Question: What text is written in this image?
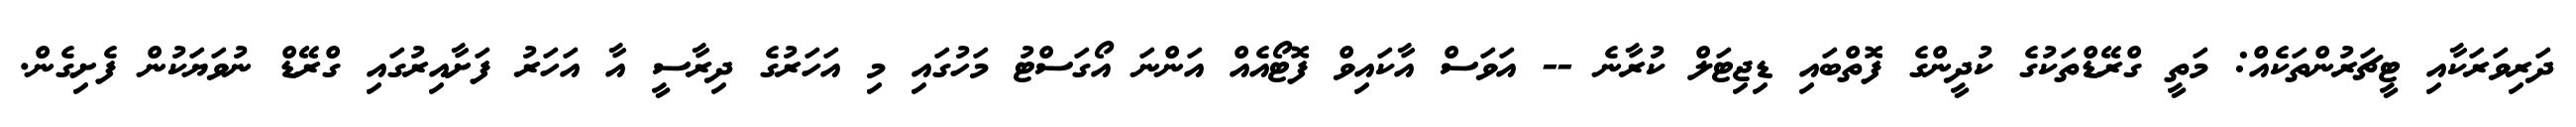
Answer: ދަރިވަރަކާއި ޓީޗަރުންތަކެއް: މަތީ ގްރޭޑްތަކުގެ ކުދީންގެ ފޮތްބައި ޑިޖިޓަލް ކުރާނެ -- އަވަސް އާކައިވް ފޮޓޯއެއް އަންނަ އޯގަސްޓު މަހުގައި މި އަހަރުގެ ދިރާސީ އާ އަހަރު ފަށާއިރުގައި ގްރޭޑް ނުވަޔަކުން ފެށިގެން.